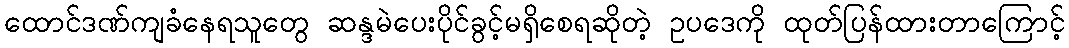
ထောင်ဒဏ်ကျခံနေရသူတွေ ဆန္ဒမဲပေးပိုင်ခွင့်မရှိစေရဆိုတဲ့ ဥပဒေကို ထုတ်ပြန်ထားတာကြောင့်